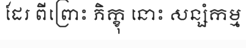
ដែរ ពីព្រោះ ភិក្ខុ នោះ សន្សំកម្ម